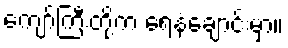
ကျော်ကြီးတို့က ရေနံချောင်းမှာ။